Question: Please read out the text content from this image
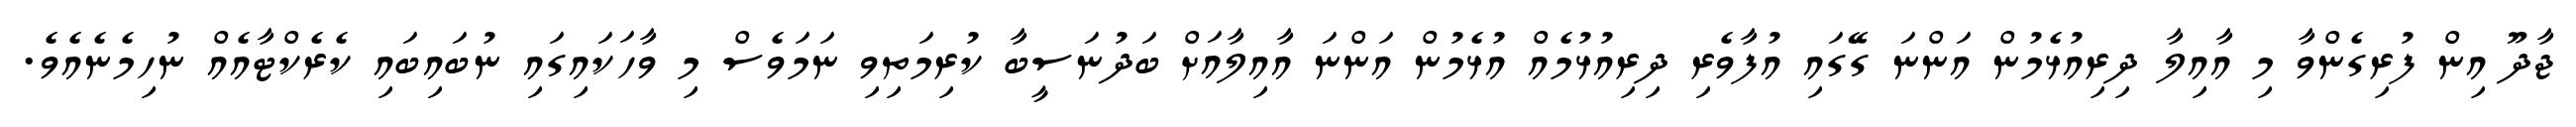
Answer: ޖާދޫ އިން ފުރިގެންވާ މި އާއިލާ ދިރިއުޅެމުން އަންނަ ގޭގައި އުފާވެރި ދިރިއުޅުމެއް އުޅެމުން އަންނަ އާއިލާއަށް ބަދުނަސީބާ ކުރިމަތިވި ނަމަވެސް މި ވާހަކައިގައި ނުބައިބައި ކެރެކްޓާއެއް ނުހިމެނެއެވެ.